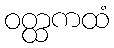
ဝတ္ထကထံ